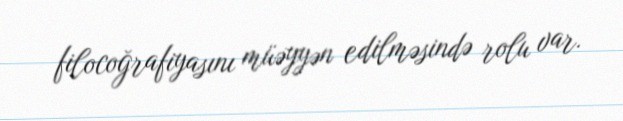
filocoğrafiyasını müəyyən edilməsində rolu var.